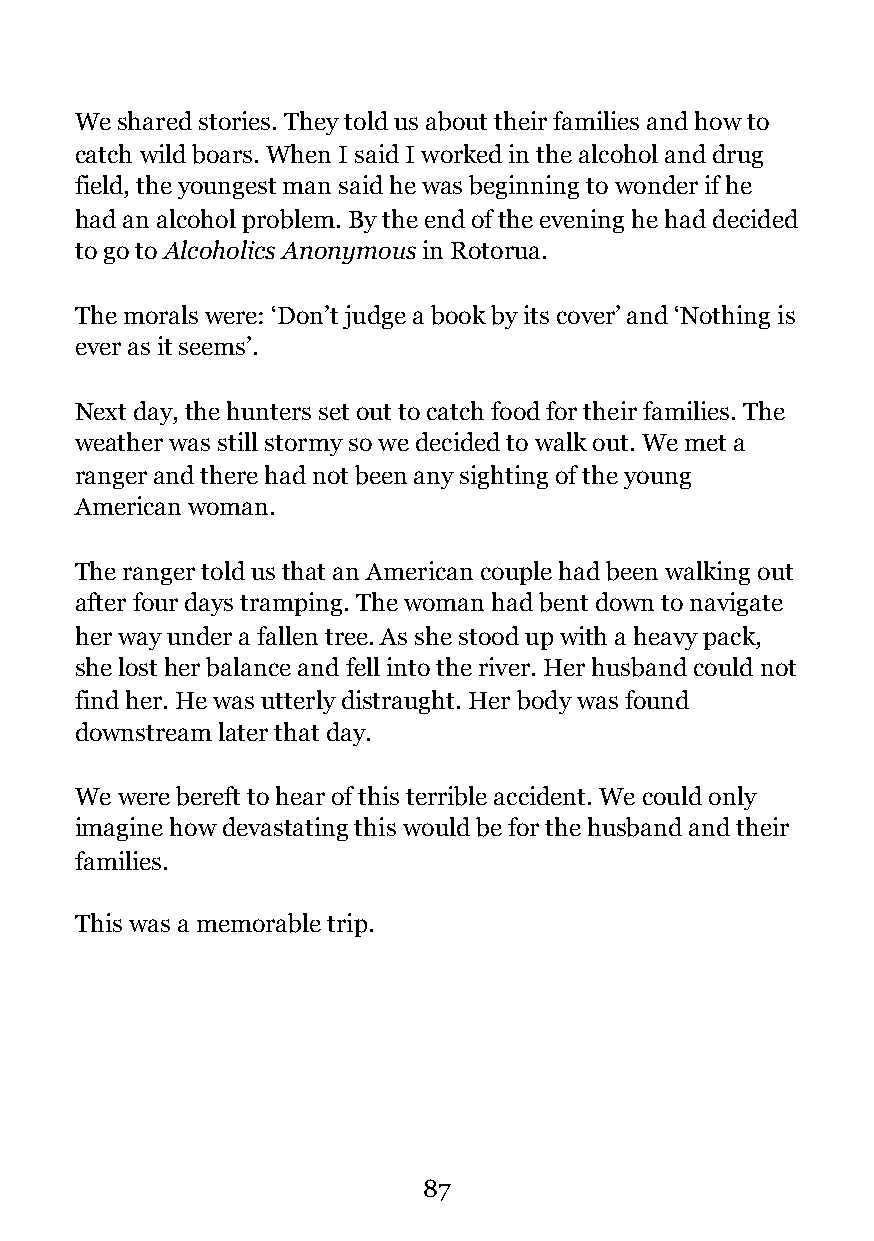
We shared stories. They told us about their families and how to
 catch wild boars. When I said I worked in the alcohol and drug
 field, the youngest man said he was beginning to wonder if he
 had an alcohol problem. By the end of the evening he had decided
 to go to Alcoholics Anonymous in Rotorua.
 The morals were: ‘Don’t judge a book by its cover’ and ‘Nothing is
 ever as it seems’.
 Next day, the hunters set out to catch food for their families. The
 weather was still stormy so we decided to walk out. We met a
 ranger and there had not been any sighting of the young
 American woman.
 The ranger told us that an American couple had been walking out
 after four days tramping. The woman had bent down to navigate
 her way under a fallen tree. As she stood up with a heavy pack,
 she lost her balance and fell into the river. Her husband could not
 find her. He was utterly distraught. Her body was found
 downstream later that day.
 We were bereft to hear of this terrible accident. We could only
 imagine how devastating this would be for the husband and their
 families.
 This was a memorable trip.
 !87